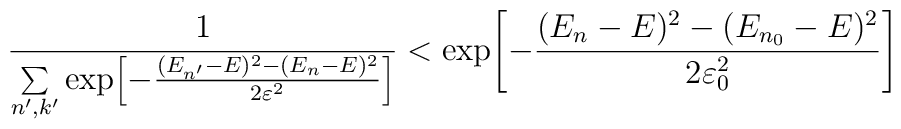
{ 1 \over \sum\limits_{n',k'} \exp\!\left[ {     -{(E_{n'} -E)^2 - (E_n -E)^2 \over 2 \varepsilon^2} }\right] } < \exp\!\left[ {-{(E_{n} -E)^2 - (E_{n_0} -E)^2 \over 2      \varepsilon_0^2}}\right]